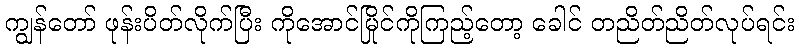
ကျွန်တော် ဖုန်းပိတ်လိုက်ပြီး ကိုအောင်မြိုင်ကိုကြည့်တော့ ခေါင် တညိတ်ညိတ်လုပ်ရင်း